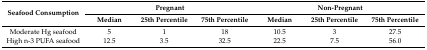
| <ROWSPAN=2> Seafood Consumption | <COLSPAN=3> Pregnant | <COLSPAN=3> Non-Pregnant |
 | Median | 25th Percentile | 75th Percentile | Median | 25th Percentile | 75th Percentile |
 | --- | --- | --- | --- | --- | --- | --- |
 | Moderate Hg seafood | 5 | 1 | 18 | 10.5 | 3 | 27.5 |
 | High n-3 PUFA seafood | 12.5 | 3.5 | 32.5 | 22.5 | 7.5 | 56.0 |